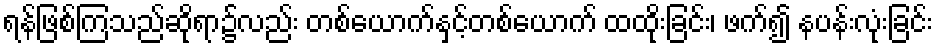
ရန်ဖြစ်ကြသည်ဆိုရာ၌လည်း တစ်ယောက်နှင့်တစ်ယောက် ထထိုးခြင်း၊ ဖက်၍ နပန်းလုံးခြင်း